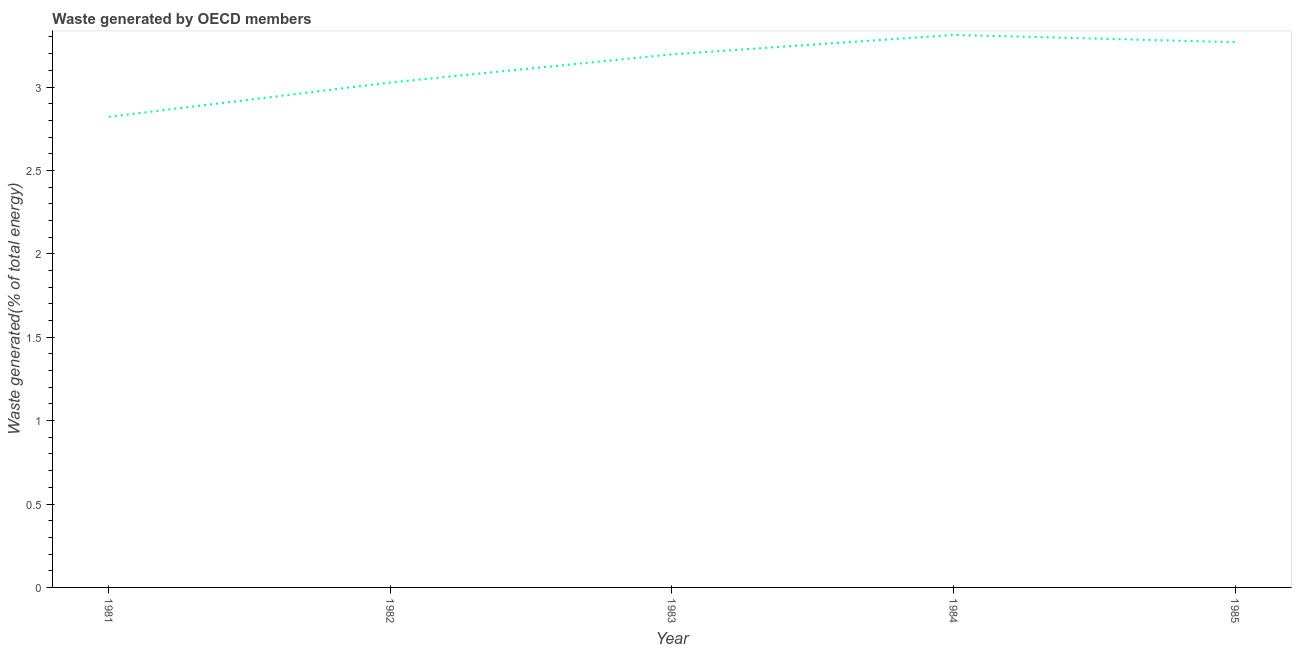
| Year | Combustible renewables and waste (% of total energy) |
 | --- | --- |
 | 1981 | 2.82 |
 | 1982 | 3.03 |
 | 1983 | 3.2 |
 | 1984 | 3.31 |
 | 1985 | 3.27 |